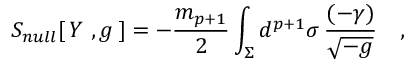
S _ { n u l l } [ \, Y \ , g \, ] = - { \frac { m _ { p + 1 } } { 2 } } \int _ { \Sigma } d ^ { p + 1 } \sigma \, { \frac { ( - \gamma ) } { \sqrt { - g } } } \quad ,